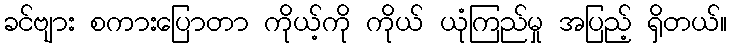
ခင်ဗျား စကားပြောတာ ကိုယ့်ကို ကိုယ် ယုံကြည်မှု အပြည့် ရှိတယ်။